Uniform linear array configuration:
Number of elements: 4
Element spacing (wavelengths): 0.75
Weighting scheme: uniform
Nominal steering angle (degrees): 45
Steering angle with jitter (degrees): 45.129
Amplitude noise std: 0.05
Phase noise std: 0.05

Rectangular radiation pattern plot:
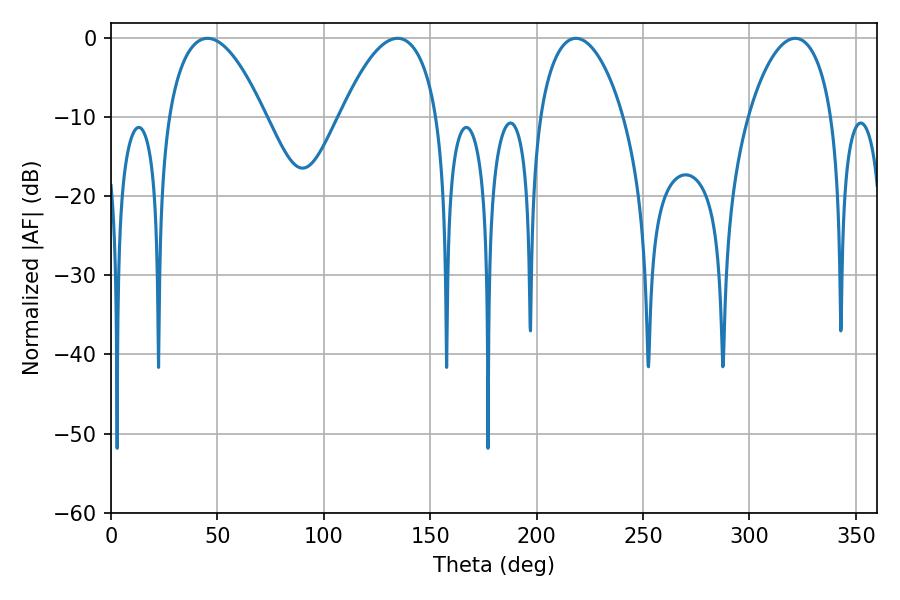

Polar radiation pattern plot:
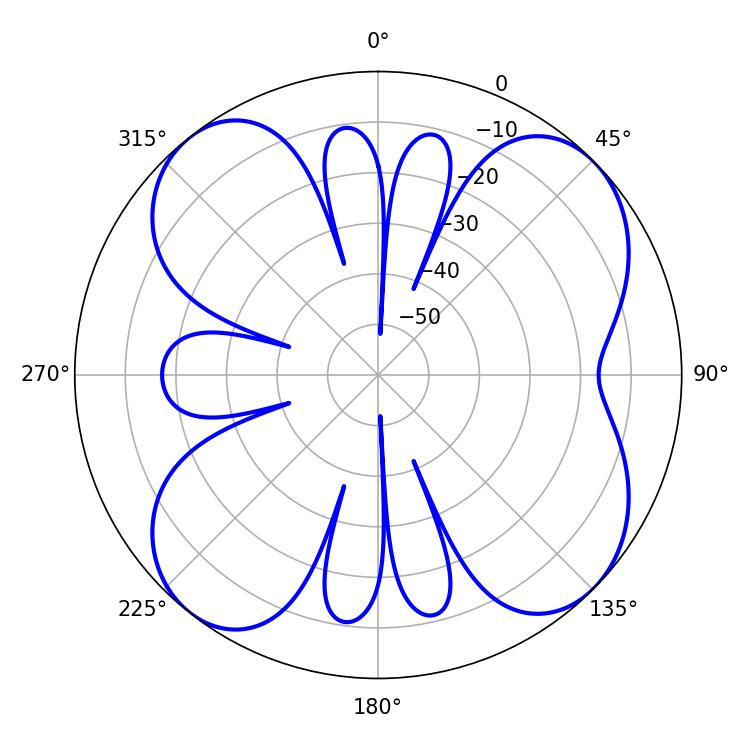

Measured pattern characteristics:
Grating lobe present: TRUE
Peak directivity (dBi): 10.569
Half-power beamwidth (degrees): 25.2
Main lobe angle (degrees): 45.36